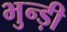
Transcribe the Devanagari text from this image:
भुन्ड़ी